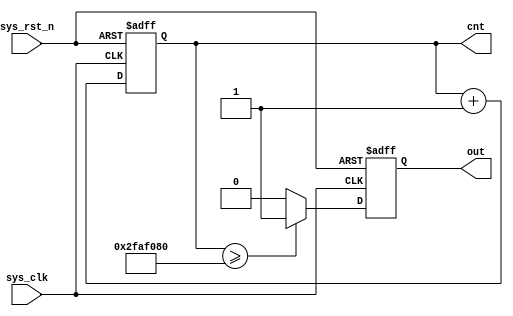
module count(
    input                               sys_clk                    ,
    input                               sys_rst_n                  ,

    output reg         [  25: 0]        cnt                        ,
    output     reg                      out                         
);

    always @(posedge sys_clk or negedge sys_rst_n)
        begin
            if(!sys_rst_n)
           begin
                cnt <= 26'b0;
                out <= 1'b0;
                end
            else begin
                cnt <= cnt + 26'b1;
            if (cnt >= 26'b0010_1111_1010_1111_0000_1000_0000)
                out = 1'b1;
                else
                out = 1'b0;
                end
        end
                                                                   
                                                                   
endmodule